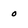
Character: 0